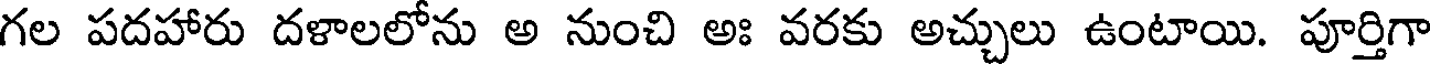
గల పదహారు దళాలలోను అ నుంచి అః వరకు అచ్చులు ఉంటాయి. పూర్తిగా